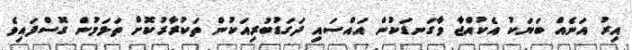
އިރު އަނެއް ބަޔަކު އެކުއްޖާ ވާގަނޑަކުން އައްސައި ދަގަޑުބުރިއަކުން ތަކުރާރުކޮށް ތަޅަމުން ގޮސްފައިވެ